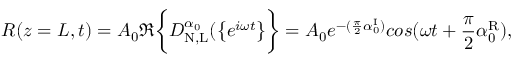
R ( z = L , t ) = A _ { 0 } \Re \bigg \{ { D _ { \mathrm { N , L } } ^ { \alpha _ { 0 } } ( \big \{ { e ^ { i \omega t } \big \} } \bigg \} } = A _ { 0 } e ^ { - ( \frac { \pi } { 2 } \alpha _ { 0 } ^ { \mathrm { I } } ) } c o s ( \omega t + \frac { \pi } { 2 } \alpha _ { 0 } ^ { \mathrm { R } } ) ,